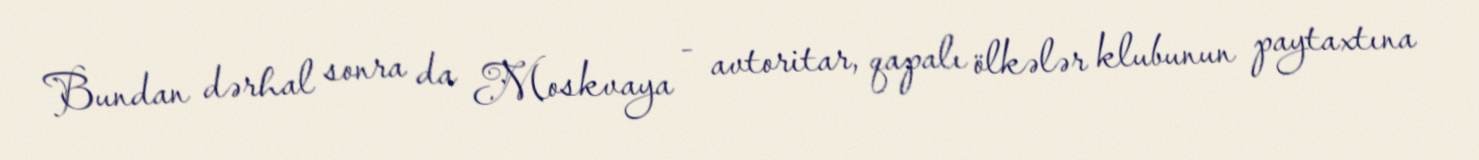
Bundan dərhal sonra da Moskvaya - avtoritar, qapalı ölkələr klubunun paytaxtına